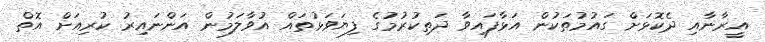
އީރާނާއި ދެކޮޅަށް ގައުމުތަކުން އަޅާފައިވާ ދަތިކުރުމުގެ ފިޔަވަޅުތައް އުވާލަމުން އަންނައިރު ކުރިއަށް އޮތް